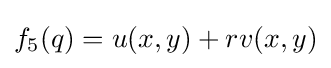
f_{5}(q)=u(x,y)+rv(x,y)